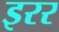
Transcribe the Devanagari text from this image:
इरर